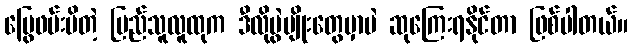
မြွေဖမ်းမိတဲ့ ပြည်သူလူထုက ဒီလိုပွဲမျိုးတွေမှာပဲ ဆုကြေးရနိုင်တာ ဖြစ်ပါတယ်။